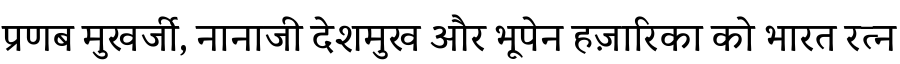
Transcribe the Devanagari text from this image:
प्रणब मुखर्जी, नानाजी देशमुख और भूपेन हज़ारिका को भारत रत्न